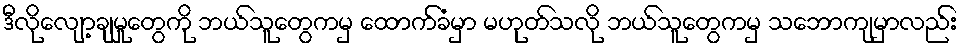
ဒီလိုလျော့ချမှုတွေကို ဘယ်သူတွေကမှ ထောက်ခံမှာ မဟုတ်သလို ဘယ်သူတွေကမှ သဘောကျမှာလည်း